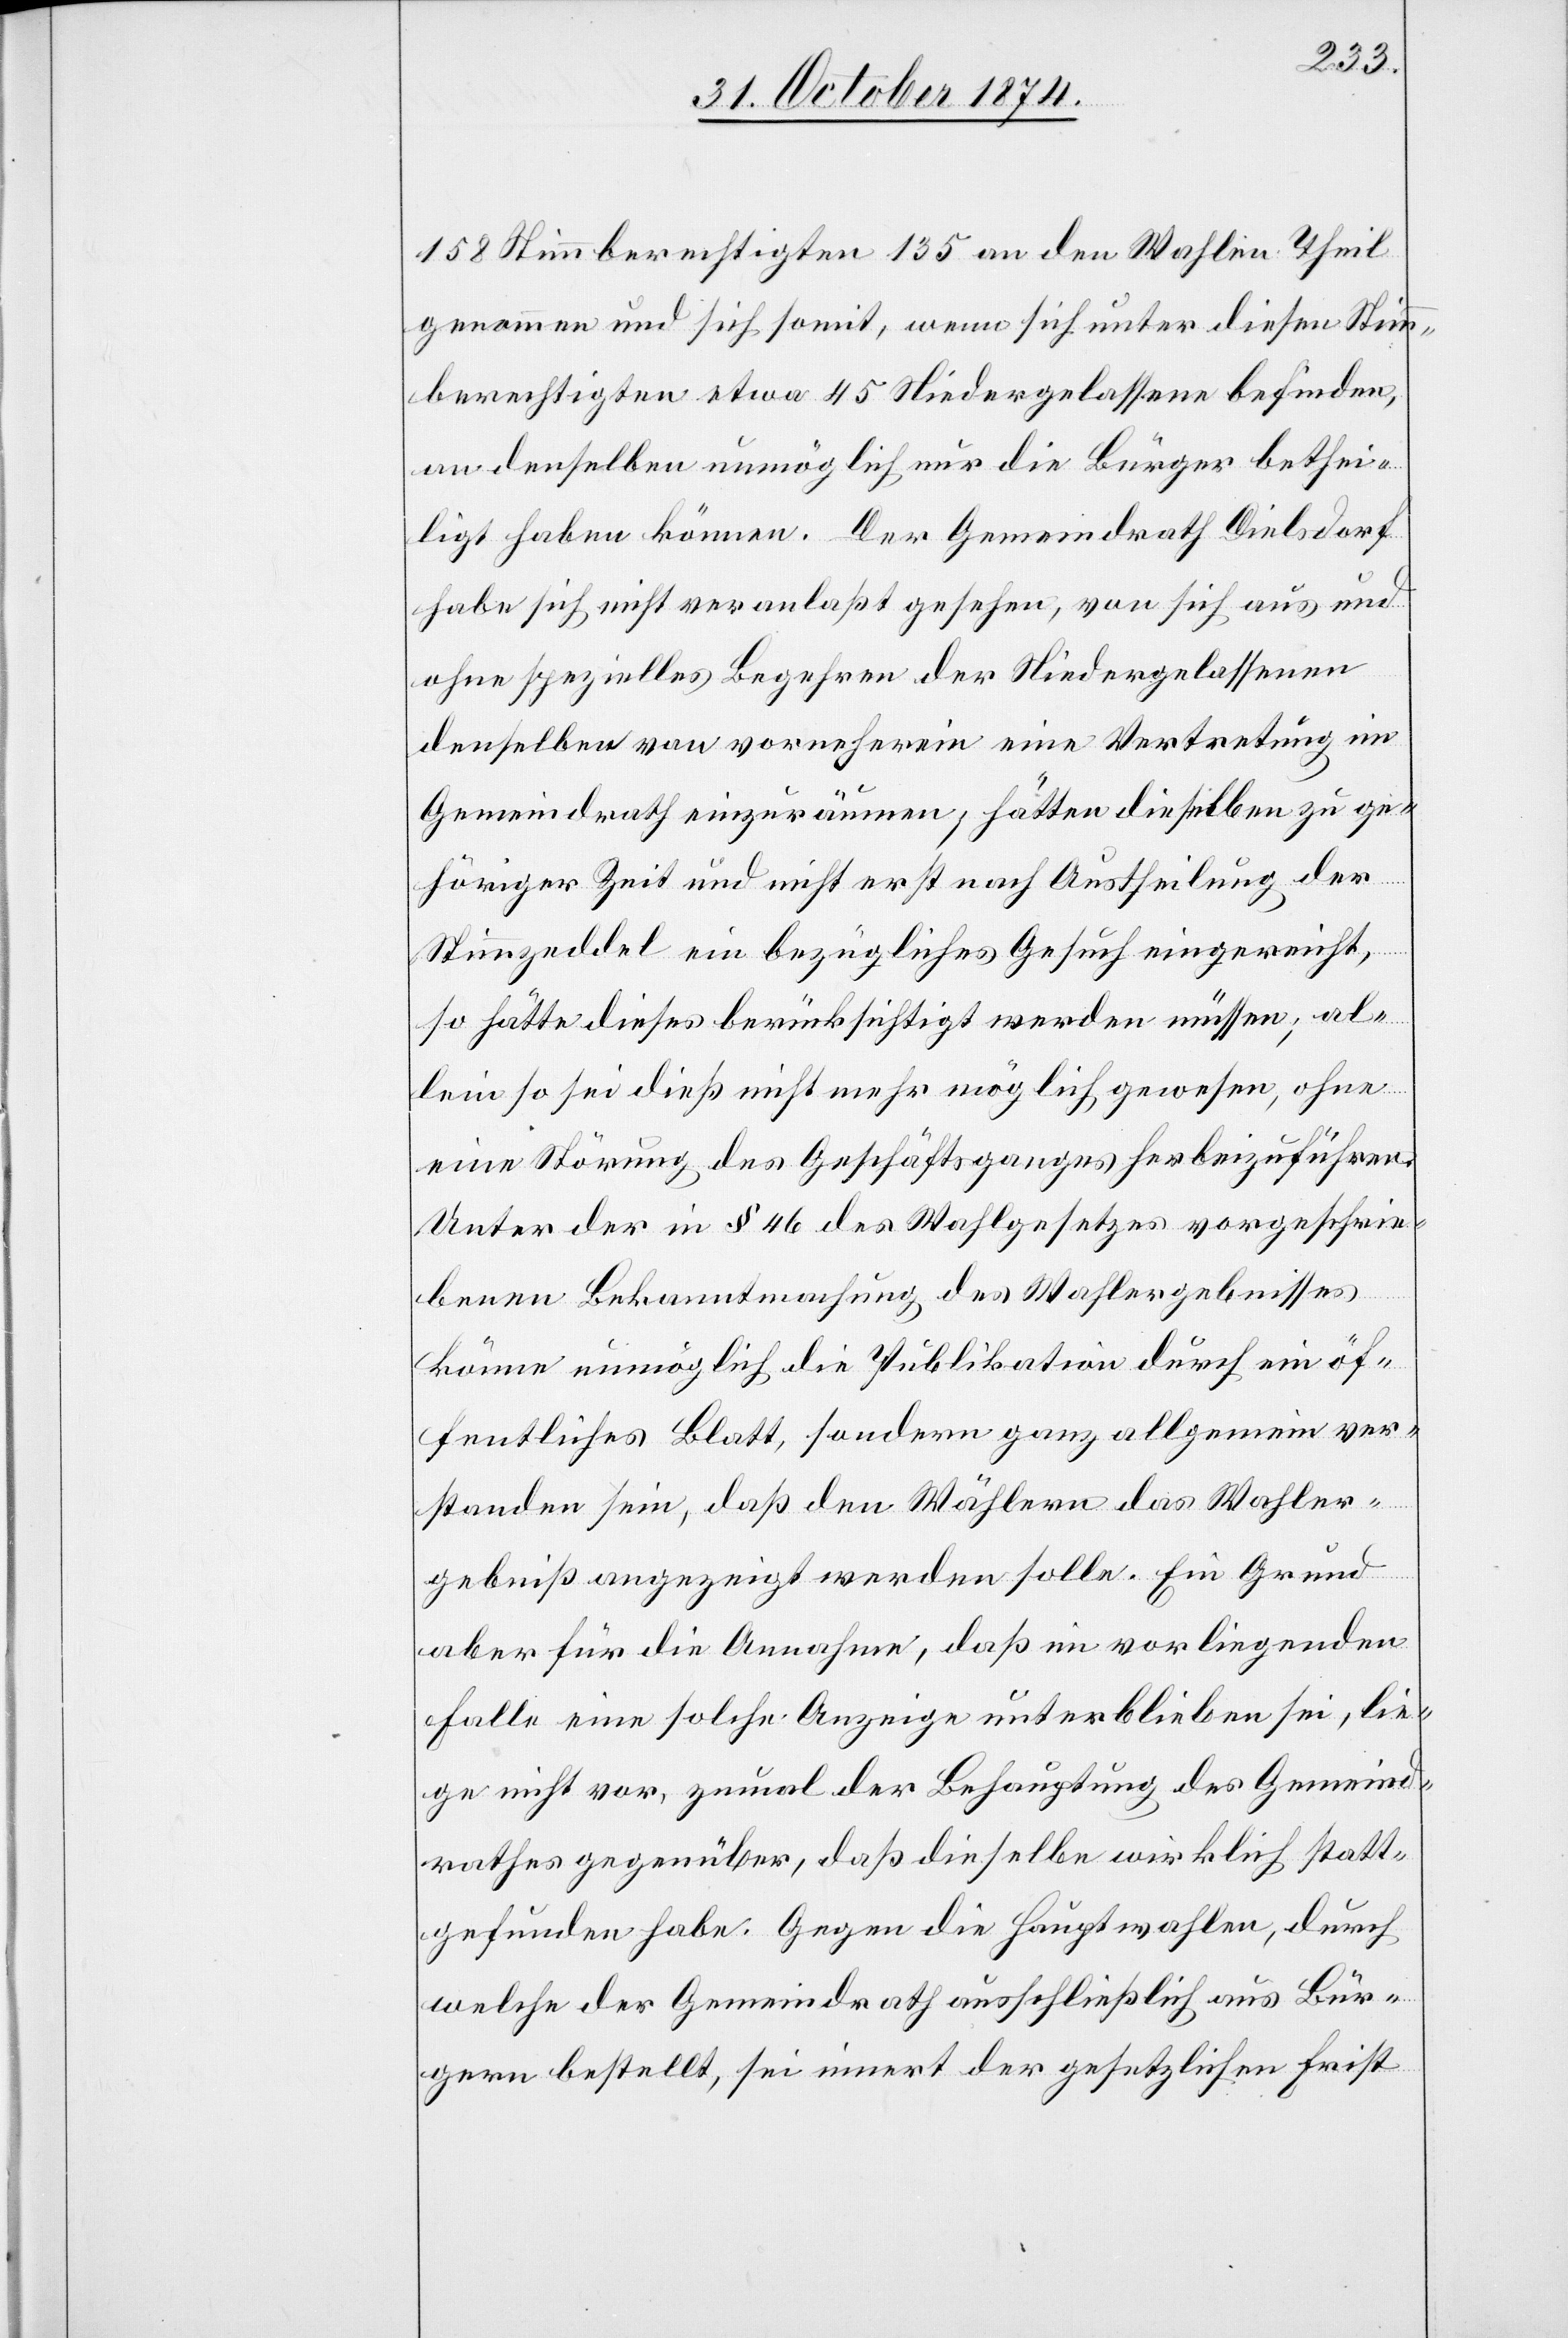
158 Stimmberechtigten 135 an den Wahlen Theil
genommen und sich somit, wenn sich unter diesen Stimm¬
berechtigten etwa 45 Niedergelassene befinden,
an denselben unmöglich nur die Bürger bethei¬
ligt haben können. Der Gemeindrath Dielsdorf
habe sich nicht veranlaßt gesehen, von sich aus und
ohne spezielles Begehren der Niedergelassenen
denselben von vorneherein eine Vertretung im
Gemeindrath einzuräumen, hätten dieselben zu ge¬
höriger Zeit und nicht erst nach Austheilung der
Stimmzeddel ein bezügliches Gesuch eingereicht,
so hätte dieses berücksichtigt werden müssen; al¬
lein so sei dieß nicht mehr möglich gewesen, ohne
eine Störung des Geschäftsganges herbeizuführen.
Unter der in § 46 des Wahlgesetzes vorgeschrie¬
benen Bekanntmachung des Wahlergebnisses
könne unmöglich die Publikation durch ein öf¬
fentliches Blatt, sondern ganz allgemein ver¬
standen sein, daß den Wählern das Wahler¬
gebniß angezeigt werden solle. Ein Grund
aber für die Annahme, daß im vorliegenden
Falle eine solche Anzeige unterblieben sei, lie¬
ge nicht vor, zumal der Behauptung des Gemeind¬
rathes gegenüber, daß dieselbe wirklich statt¬
gefunden habe. Gegen die Hauptwahlen, durch
welche der Gemeindrath ausschließlich aus Bür¬
gern bestellt, sei innert der gesetzlichen Frist